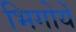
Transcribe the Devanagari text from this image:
भिगोयें